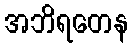
အဘိရတေန